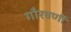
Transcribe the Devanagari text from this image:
गौरवर्णी